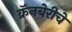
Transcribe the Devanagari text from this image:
क्रॅनबेरीचे